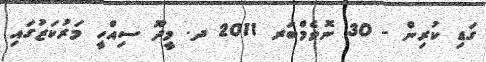
ގަޑި ކުރިން - 30 ނޮވެމްބަރ 2011 ދ. މީދޫ ސިއްހީ މަރުކަޒުގައި